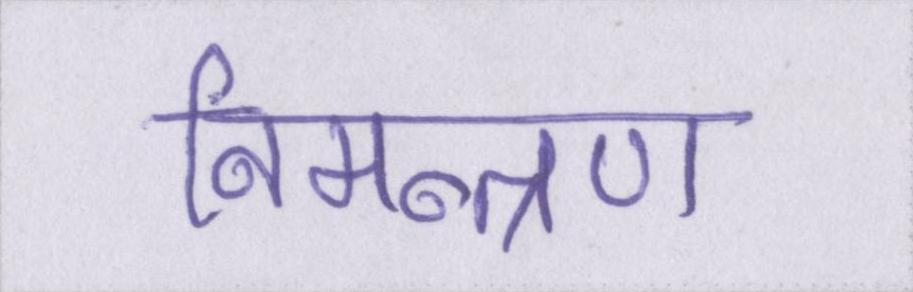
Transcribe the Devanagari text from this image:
निमन्त्रण